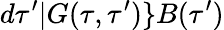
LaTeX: d\tau^{\prime}|G(\tau,\tau^{\prime})\} B(\tau^{\prime})